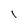
Character: l